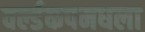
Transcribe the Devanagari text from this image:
वर्ल्डकपमधला